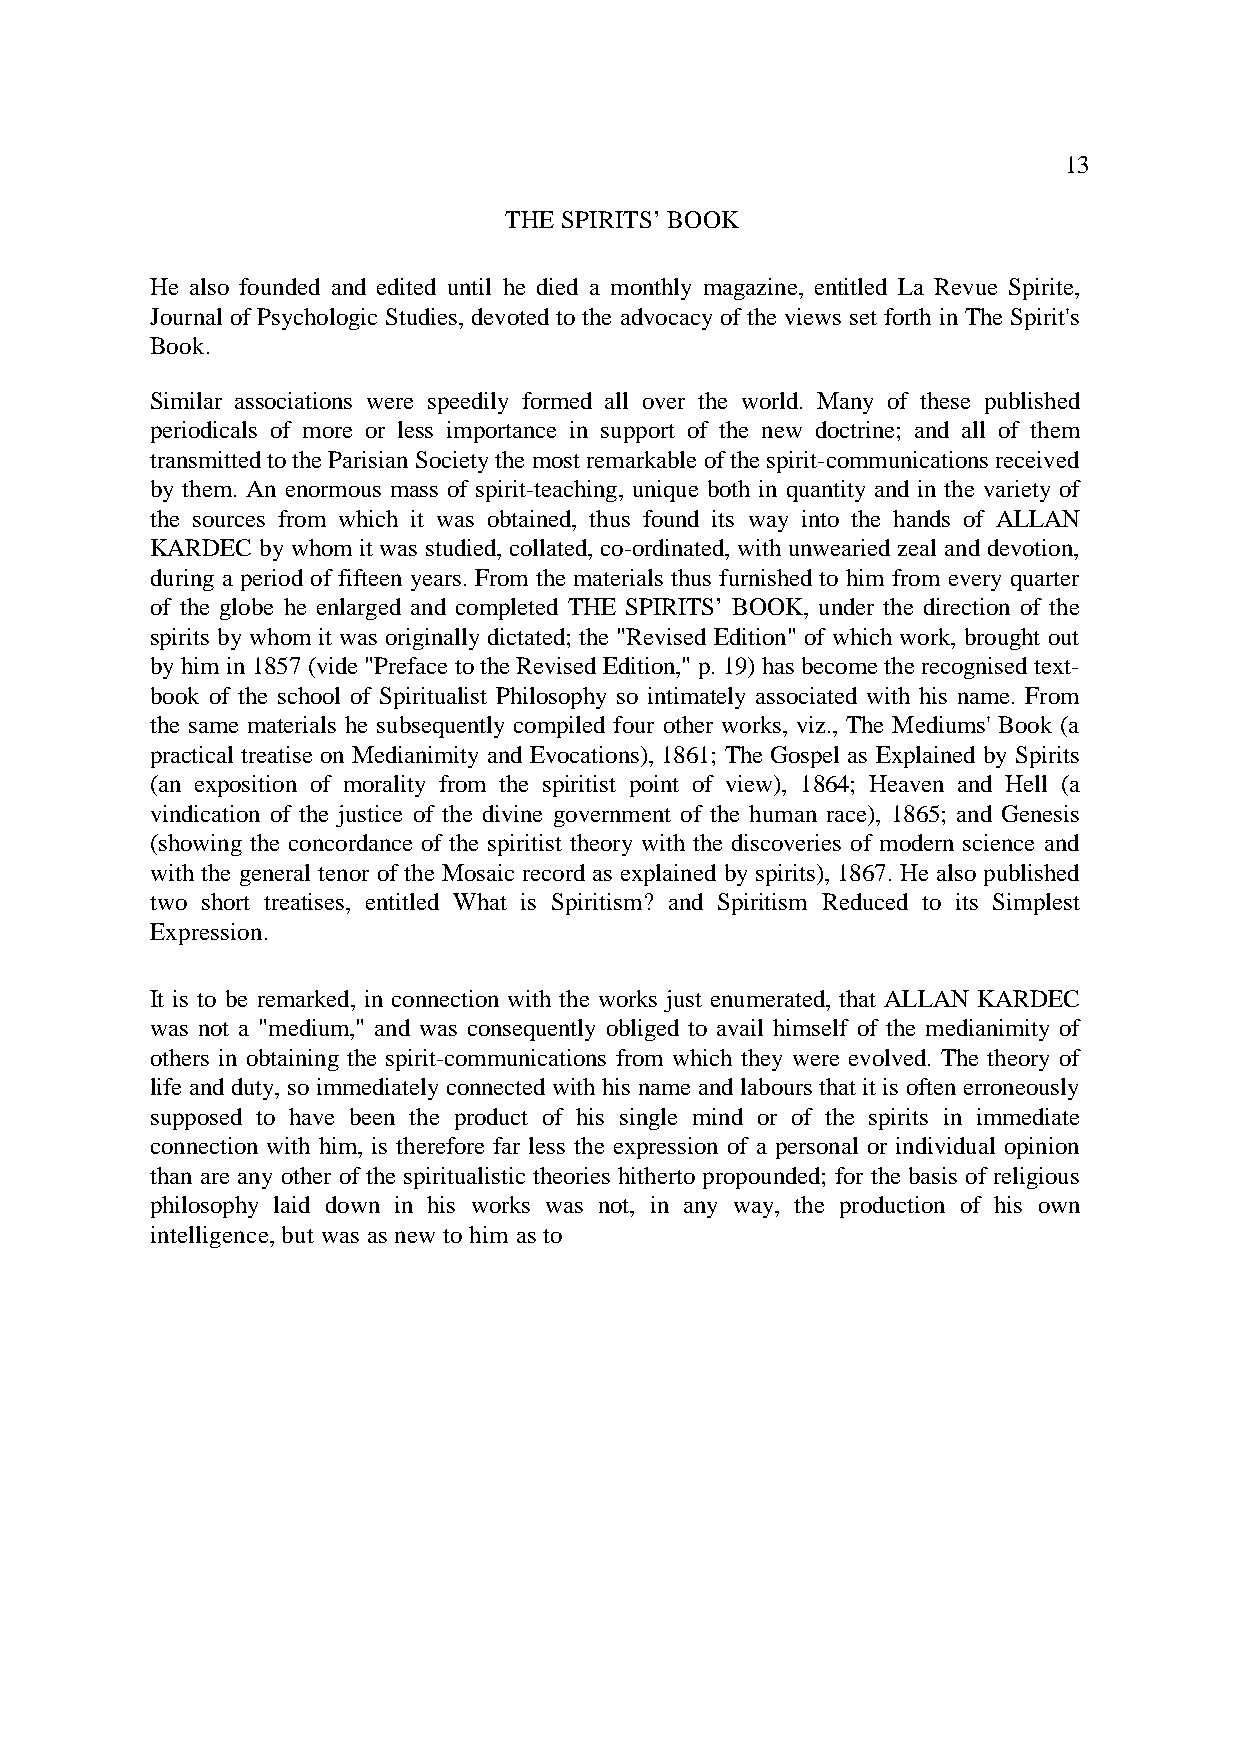
13
 THE SPIRITS’ BOOK
 He also founded and edited until he died a monthly magazine, entitled La Revue Spirite,
 Journal of Psychologic Studies, devoted to the advocacy of the views set forth in The Spirit's
 Book.
 Similar associations were speedily formed all over the world. Many of these published
 periodicals of more or less importance in support of the new doctrine; and all of them
 transmitted to the Parisian Society the most remarkable of the spirit-communications received
 by them. An enormous mass of spirit-teaching, unique both in quantity and in the variety of
 the sources from which it was obtained, thus found its way into the hands of ALLAN
 KARDEC by whom it was studied, collated, co-ordinated, with unwearied zeal and devotion,
 during a period of fifteen years. From the materials thus furnished to him from every quarter
 of the globe he enlarged and completed THE SPIRITS’ BOOK, under the direction of the
 spirits by whom it was originally dictated; the "Revised Edition" of which work, brought out
 by him in 1857 (vide "Preface to the Revised Edition," p. 19) has become the recognised text-
 book of the school of Spiritualist Philosophy so intimately associated with his name. From
 the same materials he subsequently compiled four other works, viz., The Mediums' Book (a
 practical treatise on Medianimity and Evocations), 1861; The Gospel as Explained by Spirits
 (an exposition of morality from the spiritist point of view), 1864; Heaven and Hell (a
 vindication of the justice of the divine government of the human race), 1865; and Genesis
 (showing the concordance of the spiritist theory with the discoveries of modern science and
 with the general tenor of the Mosaic record as explained by spirits), 1867. He also published
 two short treatises, entitled What is Spiritism? and Spiritism Reduced to its Simplest
 Expression.
 It is to be remarked, in connection with the works just enumerated, that ALLAN KARDEC
 was not a "medium," and was consequently obliged to avail himself of the medianimity of
 others in obtaining the spirit-communications from which they were evolved. The theory of
 life and duty, so immediately connected with his name and labours that it is often erroneously
 supposed to have been the product of his single mind or of the spirits in immediate
 connection with him, is therefore far less the expression of a personal or individual opinion
 than are any other of the spiritualistic theories hitherto propounded; for the basis of religious
 philosophy laid down in his works was not, in any way, the production of his own
 intelligence, but was as new to him as to